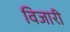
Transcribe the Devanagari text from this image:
विजारी